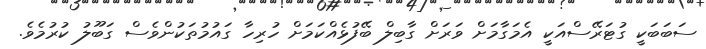
ސަބަބަކީ ގުޓަރޭސްއަކީ އެމަގާމަށް ވަރަށް ގާބިލް ބޭފުޅެއްކަމަށް ހުރިހާ ގައުމުތަކުންވެސް ގަބޫލު ކުރުމެވެ.